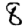
Digit: 8